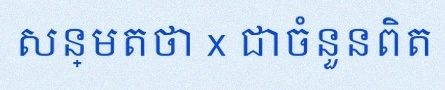
សន្មតថា x ជាចំនួនពិត